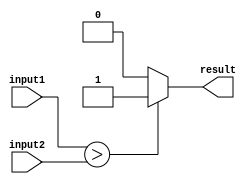
module Unsigned_Comparator (
    input  [31:0] input1,
    input  [31:0] input2,
    output reg result
);

always @ (*) begin
    if (input1 > input2)
        result = 1;
    else if (input1 < input2)
        result = 0;
    else
        result = 0;
end

endmodule